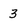
Character: 3